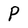
Character: P